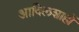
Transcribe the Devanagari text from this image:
आदिलशाहों